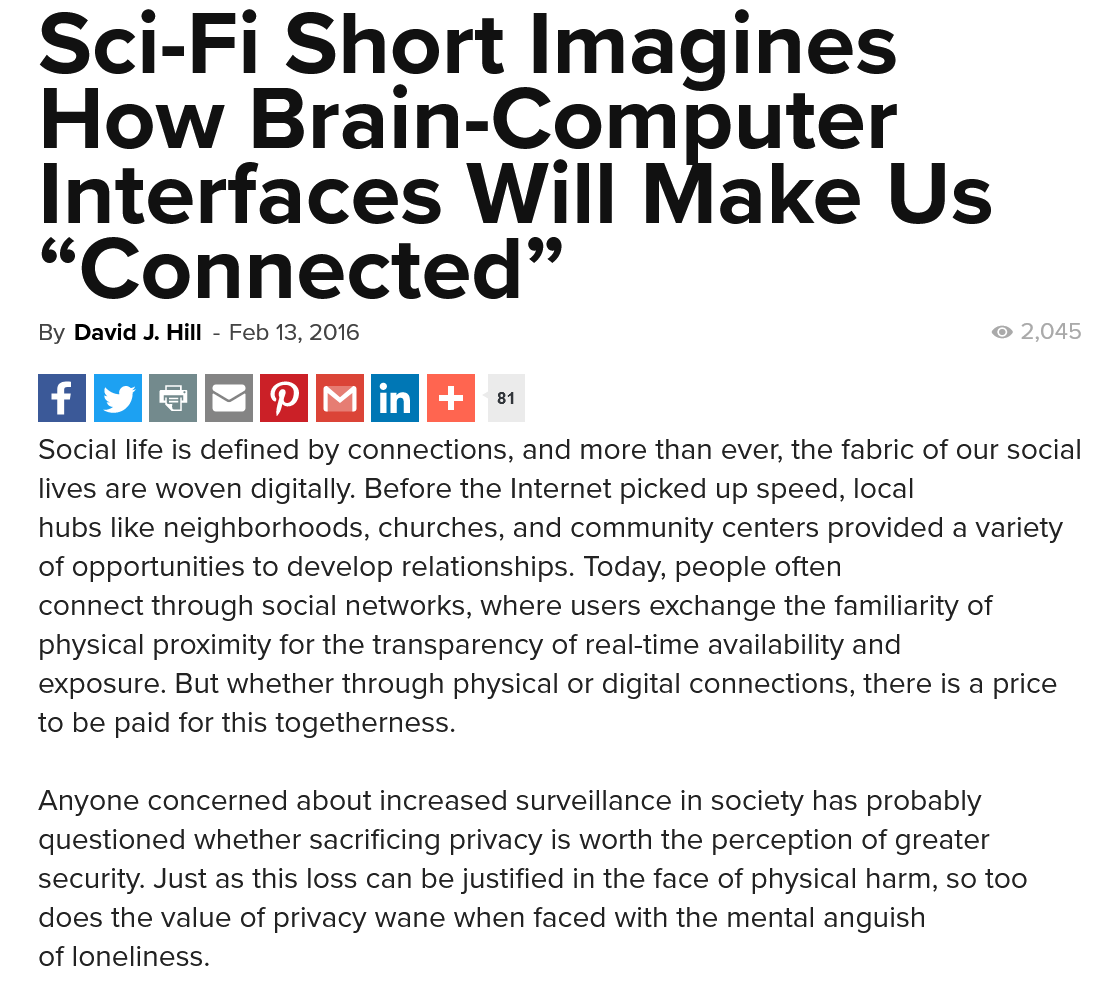
Sci-Fi    Short    Imagines
   How    Brain-Computer
   Interfaces    Will    Make    Us
   “Connected”
   By David J. Hill
     -
     Feb 13, 2016    2,045
     ‘in
   Social life is defined by connections, and more than ever, the fabric of our social
   lives are woven digitally. Before the Internet picked up speed, local
   hubs like neighborhoods, churches, and community centers provided a variety
   of opportunities to develop relationships. Today, people often
   connect through social networks, where users exchange the familiarity of
   physical proximity for the transparency of real-time availability and
   exposure. But whether through physical or digital connections, there is a price
   to be paid for this togetherness.
   Anyone concerned about increased surveillance in society has probably
   questioned whether sacrificing privacy is worth the perception of greater
   security. Just as this loss can be justified in the face of physical harm, so too
   does the value of privacy wane when faced with the mental anguish
   of loneliness.